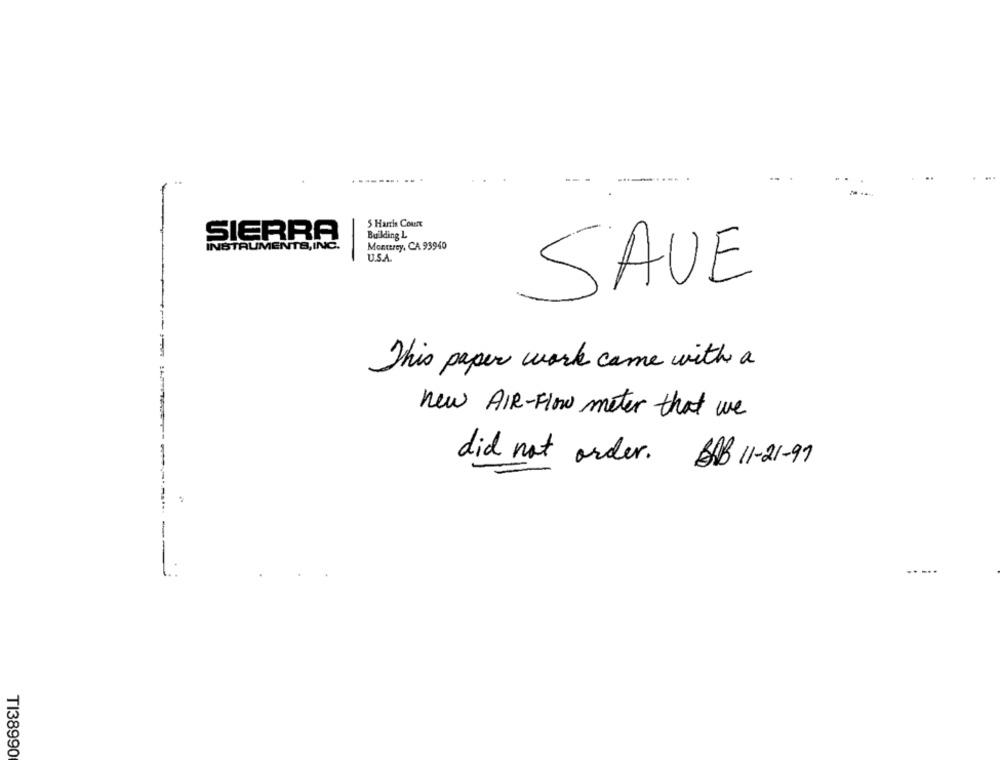
5 Harris Court
SIERRA
Building L
ISTRUMENTS, INC.
Monterey, CA 93940
U.S.A.
SAVE
This paper work came with a
new AIR-Flow meter that we
did not order. BAB 11-21-99
---- --
- -..
TI38990